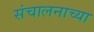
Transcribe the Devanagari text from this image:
संचालनाच्या